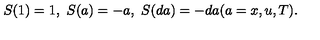
S ( 1 ) = 1 , \ S ( a ) = - a , \ S ( d a ) = - d a ( a = x , u , T ) .